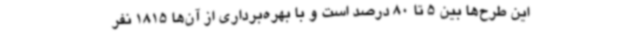
این طرح‌ها بین 5 تا 80 درصد است و با بهره‌برداری از آن‌ها 1815 نفر